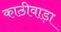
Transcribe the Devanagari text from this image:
काठीवाड़ा